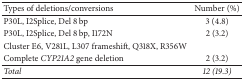
<table><thead><tr><td><b>Types of deletions/conversions</b></td><td><b>Number (%)</b></td></tr></thead><tbody><tr><td>P30L, I2Splice, Del 8 bp </td><td>3 (4.8)</td></tr><tr><td>P30L, I2Splice, Del 8 bp, I172N</td><td>2 (3.2)</td></tr><tr><td>Cluster E6, V281L, L307 frameshift, Q318X, R356W</td><td>[EMPTY_CELL]</td></tr><tr><td>Complete <i>CYP21A2</i> gene deletion</td><td>2 (3.2)</td></tr><tr><td><i>Total</i></td><td><i>12 (19.3)</i></td></tr></tbody></table>